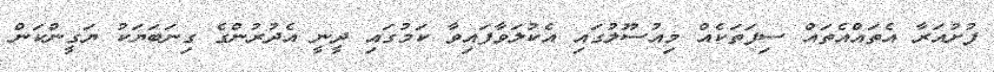
ފުށުއަރާ އެތައްއެތައް ސިފަތަކެއް މިއުސޫލުގައި އެކުލަވާފައިވާ ކަމުގައި ދީނީ އެދުރުންގެ ގިނަބަޔަކު ޔަގީންކަން